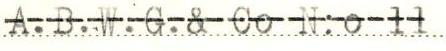
A.B.W.G.& Co N:o 11